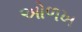
અોળખ